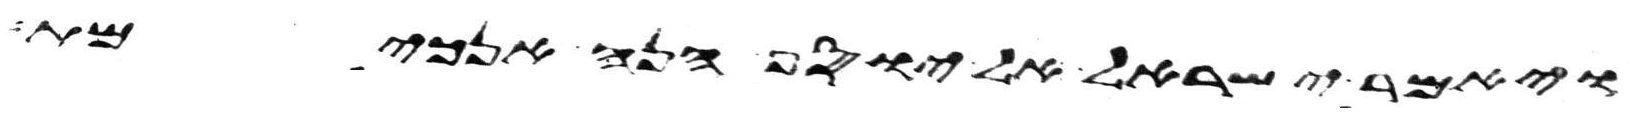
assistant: ויאמר ישראל אל יוסף הנה אנכי מת